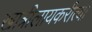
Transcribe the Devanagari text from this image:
खात्रीलायकरीत्या